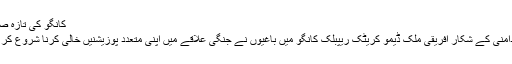
کانگو کی تازہ صورتحال
داخلی بدامنی کے شکار افریقی ملک ڈیمو کریٹک ریپبلک کانگو میں باغیوں نے جنگی علاقے میں اپنی متعدد پوزیشنیں خالی کرنا شروع کر دی ہیں۔